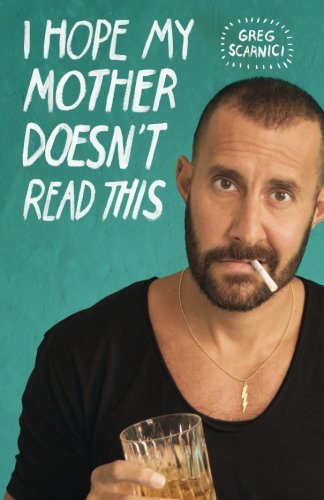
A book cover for I Hope My Mother Doesn't Read This; Greg Scarnici; Gay & Lesbian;